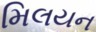
મિલયન